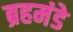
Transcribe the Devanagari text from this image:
ब्रहमंडे